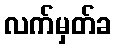
လက်မှတ်ခ